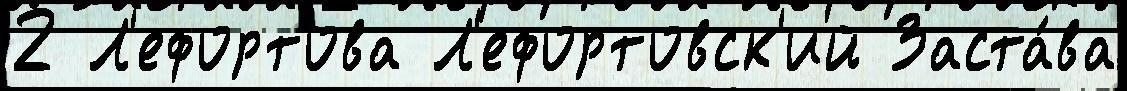
2 Л'ефортова Л'ефортовск'ий Заста́ва